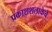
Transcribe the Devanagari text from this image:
प्रकाशशलाकेचे